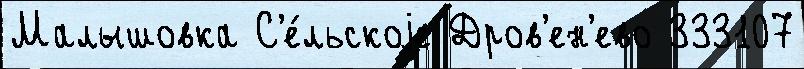
Малышовка С'е́льскоjе Дров'ен'ево 333107